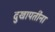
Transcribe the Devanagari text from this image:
दुखापतींना